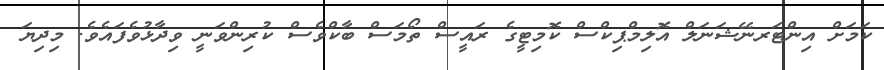
ކަމަށް އިންޓަރނޭޝަނަލް އޮލިމްޕިކްސް ކޮމިޓީގެ ރައީސް ތޯމަސް ބާކްވެސް ކުރިންވަނީ ވިދާޅުވެފައެވެ. މިދިޔަ